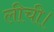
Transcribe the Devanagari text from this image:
लीची।